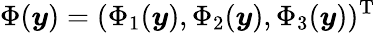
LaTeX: \Phi(\boldsymbol{y})=(\Phi_{1}(\boldsymbol{y}),\Phi_{2}(\boldsymbol{y}),\Phi_{3}(\boldsymbol{y}))^{\textrm{T}}